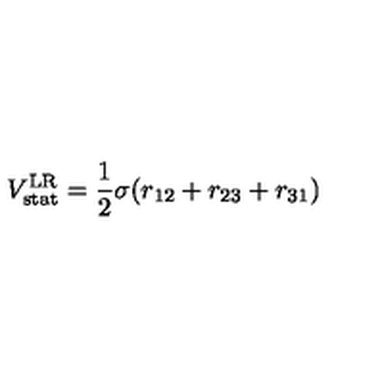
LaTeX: V _ { \mathrm { s t a t } } ^ { \mathrm { L R } } = \frac { 1 } { 2 } \sigma ( r _ { 1 2 } + r _ { 2 3 } + r _ { 3 1 } )